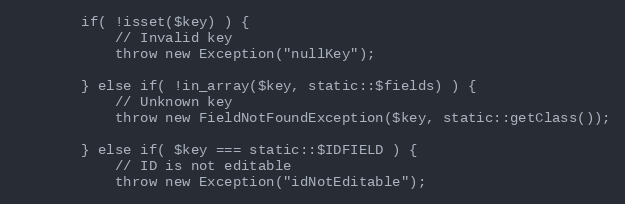
Language: PHP
		if( !isset($key) ) {
			// Invalid key
			throw new Exception("nullKey");

		} else if( !in_array($key, static::$fields) ) {
			// Unknown key
			throw new FieldNotFoundException($key, static::getClass());

		} else if( $key === static::$IDFIELD ) {
			// ID is not editable
			throw new Exception("idNotEditable");